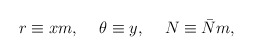
\begin{align*}r\equiv xm,\hspace*{5mm}\theta\equiv y,\hspace*{5mm}N\equiv\bar{N}m,\end{align*}